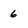
Character: 6